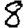
Digit: 8